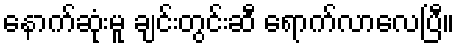
နောက်ဆုံးမူ ချင်းတွင်းဆီ ရောက်လာလေပြီ။